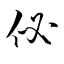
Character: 佖